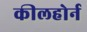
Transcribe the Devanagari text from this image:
कीलहोर्न